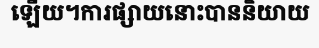
ឡើយ។ការផ្សាយនោះបាននិយាយ